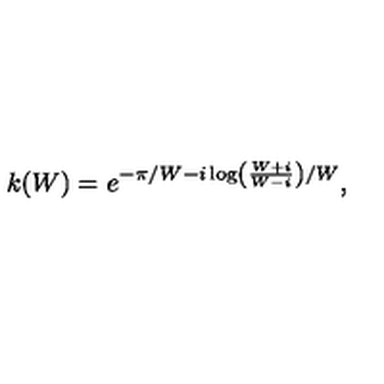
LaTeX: k ( W ) = e ^ { - \pi / W - i \log \left( \frac { W + i } { W - i } \right) / W } ,